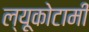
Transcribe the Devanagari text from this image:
ल्यूकोटामी